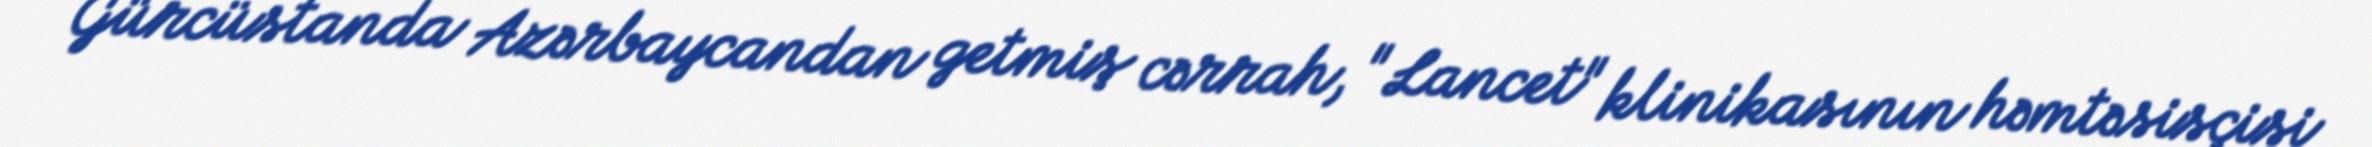
Gürcüstanda Azərbaycandan getmiş cərrah, "Lancet" klinikasının həmtəsisçisi